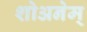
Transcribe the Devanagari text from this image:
शोअनेम्